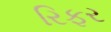
રિફર